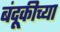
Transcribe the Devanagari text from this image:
बंदूकीच्या